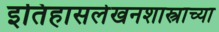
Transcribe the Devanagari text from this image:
इतिहासलेखनशास्त्राच्या